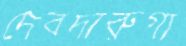
দেবদারুগা